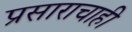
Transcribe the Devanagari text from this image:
प्रसाराचाही